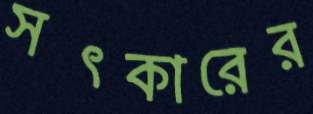
সৎকারের